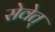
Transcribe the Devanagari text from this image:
सेवेत्